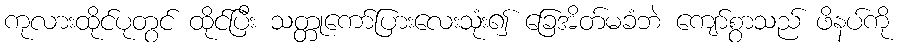
ကုလားထိုင်ပုတွင် ထိုင်ပြီး သတ္တုကော်ပြားလေးသုံး၍ ခြေအိတ်မခံဘဲ ကျော်စွာသည် ဖိနပ်ကို